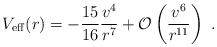
LaTeX: \begin{align*}V_{\rm eff}(r)= -{15\over 16} {v^4\over r^7} + {\cal O}\left( {v^6\over r^{11}}\right) \ .\end{align*}